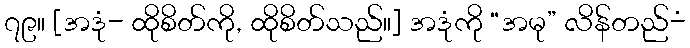
၇၉။ [အဒုံ- ထိုစိတ်ကို, ထိုစိတ်သည်။] အဒုံကို “အမု” လိန်တည်-ံ